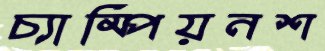
চ্যাম্পিয়নশ